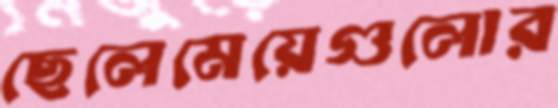
ছেলেমেয়েগুলোর